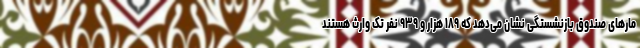
مارهای صندوق بازنشستگی نشان می‌دهد که ۱۸۹ هزار و ۹۳۹ نفر تک وارث هستند